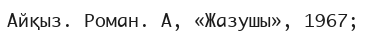
Айқыз. Роман. А, «Жазушы», 1967;